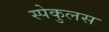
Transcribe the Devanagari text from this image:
स्पेकुलस